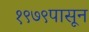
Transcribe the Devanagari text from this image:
१९७९पासून